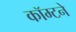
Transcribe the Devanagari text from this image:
कॉम्टने